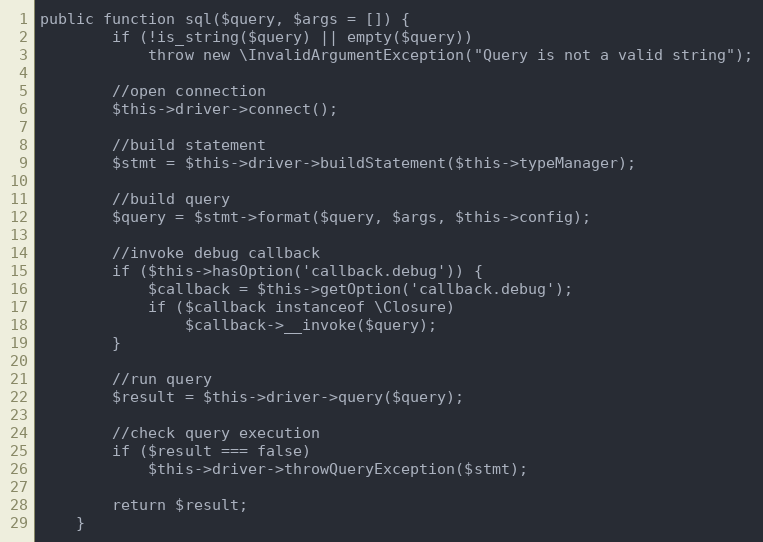
Language: PHP
public function sql($query, $args = []) {
		if (!is_string($query) || empty($query))
			throw new \InvalidArgumentException("Query is not a valid string");

		//open connection
		$this->driver->connect();

		//build statement
		$stmt = $this->driver->buildStatement($this->typeManager);

		//build query
		$query = $stmt->format($query, $args, $this->config);

		//invoke debug callback
		if ($this->hasOption('callback.debug')) {
			$callback = $this->getOption('callback.debug');
			if ($callback instanceof \Closure)
				$callback->__invoke($query);
		}

		//run query
		$result = $this->driver->query($query);

		//check query execution
		if ($result === false)
			$this->driver->throwQueryException($stmt);

		return $result;
	}